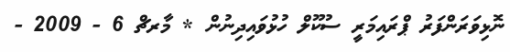
ނޮޅިވަރަންފަރު ޕްރައިމަރީ ސުކޫލް ހުޅުވައިދިނުން * މާރޗް 6 - 2009 -